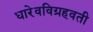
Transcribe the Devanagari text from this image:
धारेवविग्रहवती